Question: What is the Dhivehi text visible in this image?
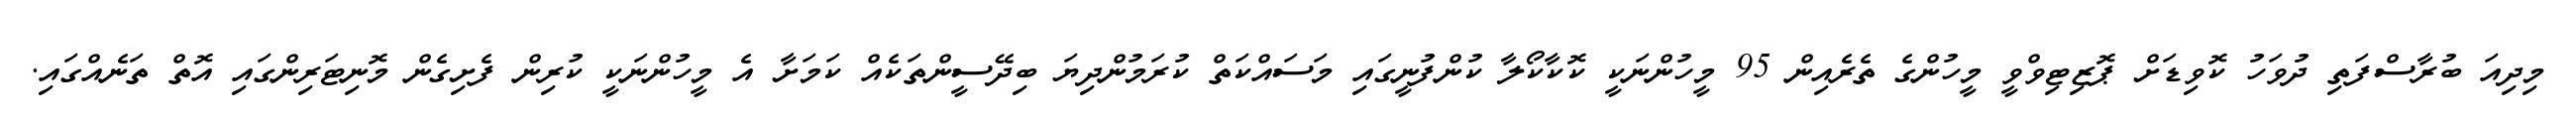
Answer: މިދިއަ ބުރާސްފަތި ދުވަހު ކޮވިޑަށް ޕޮޒިޓިވްވީ މީހުންގެ ތެރެއިން 95 މީހުންނަކީ ކޮކާކޯލާ ކުންފުނީގައި މަސައްކަތް ކުރަމުންދިޔަ ބިދޭސީންތަކެއް ކަމަށާ އެ މީހުންނަކީ ކުރިން ފެށިގެން މޮނިޓަރިންގައި އޮތް ތަނެއްގައި.